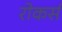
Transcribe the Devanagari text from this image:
रोकर्स